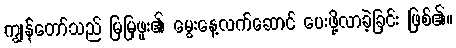
ကျွန်တော်သည် မြမြဖူး၏ မွေးနေ့လက်ဆောင် ပေးဖို့လာခဲ့ခြင်း ဖြစ်၏။